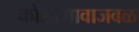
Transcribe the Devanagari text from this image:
कोरडगावाजवळ